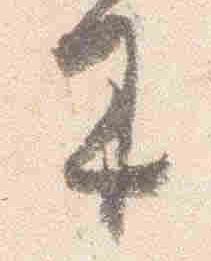
来